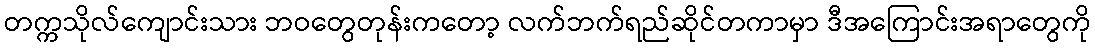
တက္ကသိုလ်ကျောင်းသား ဘဝတွေတုန်းကတော့ လက်ဘက်ရည်ဆိုင်တကာမှာ ဒီအကြောင်းအရာတွေကို